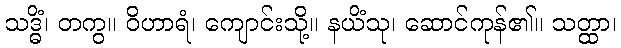
သဒ္ဓိံ၊ တကွ။ ဝိဟာရံ၊ ကျောင်းသို့။ နယိံသု၊ ဆောင်ကုန်၏။ သတ္ထာ၊